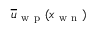
\overline { { u } } _ { \mathrm { ~ w ~ p ~ } } ( x _ { \mathrm { ~ w ~ n ~ } } )